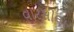
વારસીલા